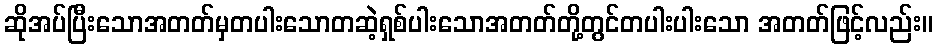
ဆိုအပ်ပြီးသောအတတ်မှတပါးသောတဆဲ့ရှစ်ပါးသောအတတ်တို့တွင်တပါးပါးသော အတတ်ဖြင့်လည်း။